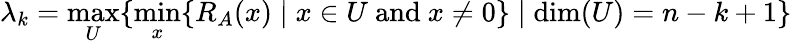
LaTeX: \lambda_{k}=\operatorname*{max}_{U}\{ \operatorname*{min}_{x}\{ R_{A}(x)\mid x\in U{\mathrm{~and~}}x\neq 0\} \mid\dim(U)=n-k+1\}